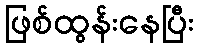
ဖြစ်ထွန်းနေပြီး